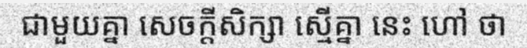
ជាមួយគ្នា សេចក្តីសិក្សា ស្មើគ្នា នេះ ហៅ ថា